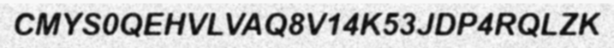
CMYS0QEHVLVAQ8V14K53JDP4RQLZK